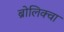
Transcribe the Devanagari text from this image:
ब्रोलिक्वा